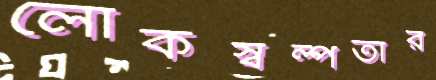
লোকস্বল্পতার